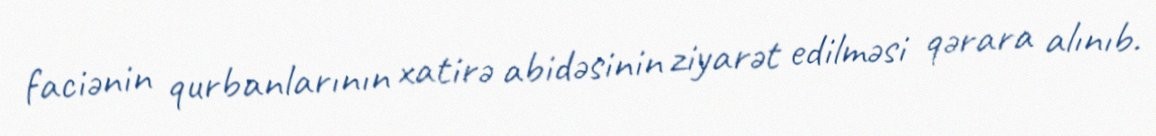
faciənin qurbanlarının xatirə abidəsinin ziyarət edilməsi qərara alınıb.